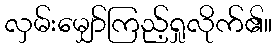
လှမ်းမျှော်ကြည့်ရှုလိုက်၏။